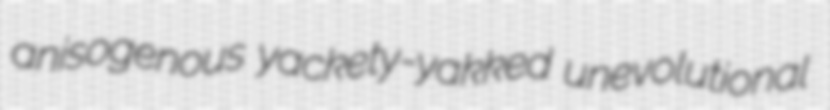
anisogenous yackety-yakked unevolutional